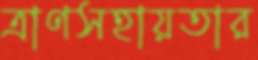
ত্রাণসহায়তার